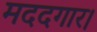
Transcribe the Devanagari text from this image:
मददगार।